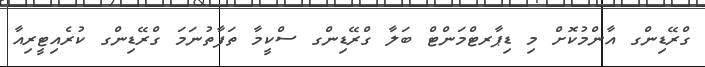
ގްރޭޑިންގ އާންމުކޮށް މި ޑިޕާރޓްމަންޓް ބަލާ ގްރޭޑިންގ ސްކީމާ ތަފާތުނަމަ ގްރޭޑިންގ ކުރެއިޓީރިއާ